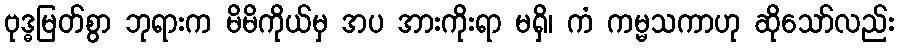
ဗုဒ္ဓမြတ်စွာ ဘုရားက မိမိကိုယ်မှ အပ အားကိုးရာ မရှိ၊ ကံ ကမ္မသကာဟု ဆိုသော်လည်း